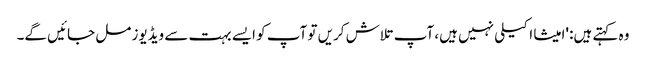
وہ کہتے ہیں: 'امیشا اکیلی نہیں ہیں، آپ تلاش کریں تو آپ کو ایسے بہت سے ویڈیوز مل جائیں گے۔